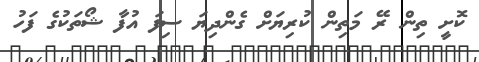
ކޮށީ ތިން ރޭ މަތިން ކުރިޔަށް ގެންދިޔަ ސިފަ އުފާ ޝޯތަކުގެ ފަހު